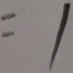
= 1